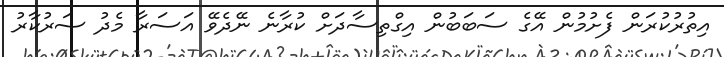
އިތުުރުކުރަން ފެށުމުން އޭގެ ސަބަބުން އިގްތިސާދަށް ކުރާނެ ނޭދެވޭ އަސަރާ މެދު ސަރުކާރު